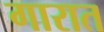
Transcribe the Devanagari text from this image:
गारात